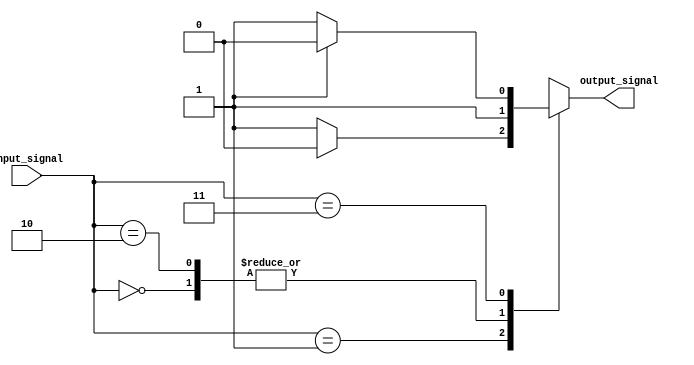
module case_example (
    input [1:0] input_signal,
    output reg output_signal
);

always @ (*)
begin
    case (input_signal)
        2'b00: 
            begin
                output_signal = 1;
            end
        2'b01:
            begin
                if (some_condition)
                    output_signal = 0;
                else
                    output_signal = 1;
            end
        2'b10:
            begin
                output_signal = 1;
            end
        2'b11:
            begin
                if (another_condition)
                    output_signal = 0;
                else
                    output_signal = 1;
            end
    endcase
end

endmodule